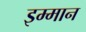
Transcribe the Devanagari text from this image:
इम्मान